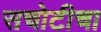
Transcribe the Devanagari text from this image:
सचोटीचा